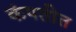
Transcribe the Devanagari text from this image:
कंपतीत